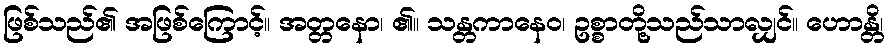
ဖြစ်သည်၏ အဖြစ်ကြောင့်။ အတ္တနော၊ ၏။ သန္တကာနေဝ၊ ဥစ္စာတို့သည်သာလျှင်။ ဟောန္တိ၊